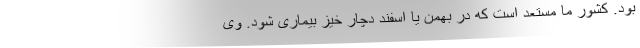
بود. کشور ما مستعد است که در بهمن یا اسفند دچار خیز بیماری شود. وی